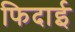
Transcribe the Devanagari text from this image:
फिदाई